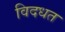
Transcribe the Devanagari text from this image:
विदधत